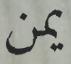
يمن